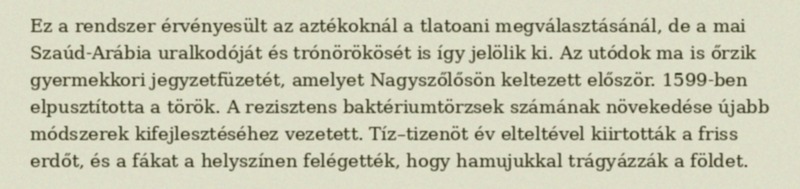
Ez a rendszer érvényesült az aztékoknál a tlatoani megválasztásánál, de a mai Szaúd-Arábia uralkodóját és trónörökösét is így jelölik ki. Az utódok ma is őrzik gyermekkori jegyzetfüzetét, amelyet Nagyszőlősön keltezett először. 1599-ben elpusztította a török. A rezisztens baktériumtörzsek számának növekedése újabb módszerek kifejlesztéséhez vezetett. Tíz–tizenöt év elteltével kiirtották a friss erdőt, és a fákat a helyszínen felégették, hogy hamujukkal trágyázzák a földet.